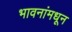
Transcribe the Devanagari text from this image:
भावनांमधून